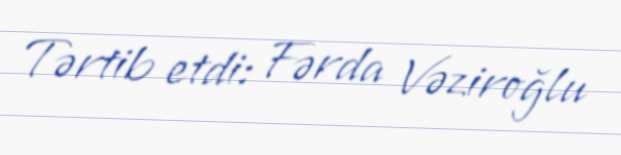
Tərtib etdi: Fərda Vəziroğlu